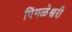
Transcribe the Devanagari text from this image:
पिंगळेश्वरी